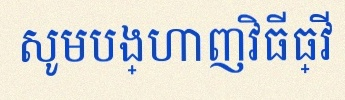
សូមបង្ហាញវិធីធ្វើ